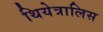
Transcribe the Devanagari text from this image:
थियेत्रालिस